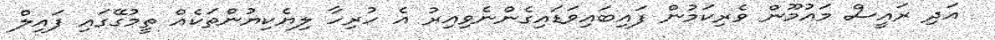
އަދި ރައީސް މައުމޫން ވެރިކަމުން ފައިބައިވަޑައިގެންނެވިއިރު އެ ހުރިހާ ލިޔެކިޔުންތަކެއް ތީމުގޭގައި ފައިލް